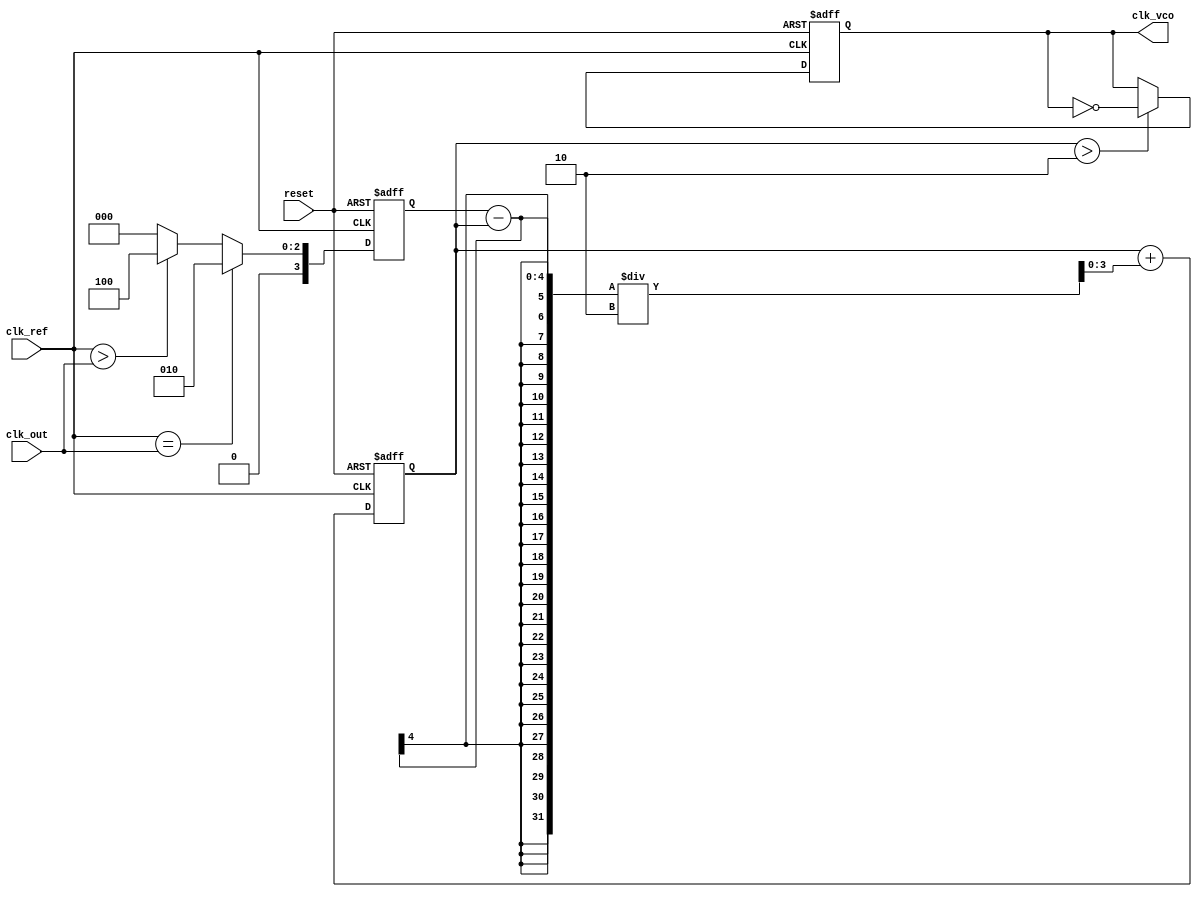
module dpll (
    input wire clk_ref,       // Reference clock
    input wire clk_out,       // Output clock from VCO
    input wire reset,         // Asynchronous reset
    output reg clk_vco        // Controlled output clock
);

    // Parameters
    parameter MEMORY_SIZE = 16;  // Size of the memory block
    parameter PHASE_MAX = 4;      // Maximum phase difference for PD output
    parameter FILTER_COEFF = 2;   // Coefficient for loop filter

    // Internal signals
    reg [3:0] phase_error;        // Phase error signal from PD
    reg [3:0] control_voltage;     // Control voltage for VCO
    reg [3:0] memory_block [0:MEMORY_SIZE-1]; // Memory block
    reg [3:0] memory_index;        // Current index for memory block

    // Phase Detector (PD)
    always @(posedge clk_ref or posedge reset) begin
        if (reset) begin
            phase_error <= 0;
        end else begin
            // Simple phase detection (example implementation)
            if (clk_ref == clk_out) begin
                phase_error <= PHASE_MAX / 2; // No error
            end else if (clk_ref > clk_out) begin
                phase_error <= PHASE_MAX;      // VCO is lagging
            end else begin
                phase_error <= 0;              // VCO is leading
            end
        end
    end

    // Loop Filter (LF)
    always @(posedge clk_ref or posedge reset) begin
        if (reset) begin
            control_voltage <= 0;
        end else begin
            // Simple first-order loop filter
            control_voltage <= control_voltage + (phase_error - control_voltage) / FILTER_COEFF;
        end
    end

    // Voltage-Controlled Oscillator (VCO)
    always @(posedge clk_ref or posedge reset) begin
        if (reset) begin
            clk_vco <= 0;
        end else begin
            // Simple VCO behavior (control voltage affects frequency)
            if (control_voltage > 2) begin
                clk_vco <= ~clk_vco; // Toggle output clock based on control voltage
            end
        end
    end

    // Memory Block - Store phase information
    always @(posedge clk_ref or posedge reset) begin
        if (reset) begin
            memory_index <= 0;
        end else begin
            memory_block[memory_index] <= phase_error; // Store phase error in memory
            memory_index <= (memory_index + 1) % MEMORY_SIZE; // Circular buffer
        end
    end

endmodule